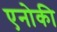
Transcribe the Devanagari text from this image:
एनोकी